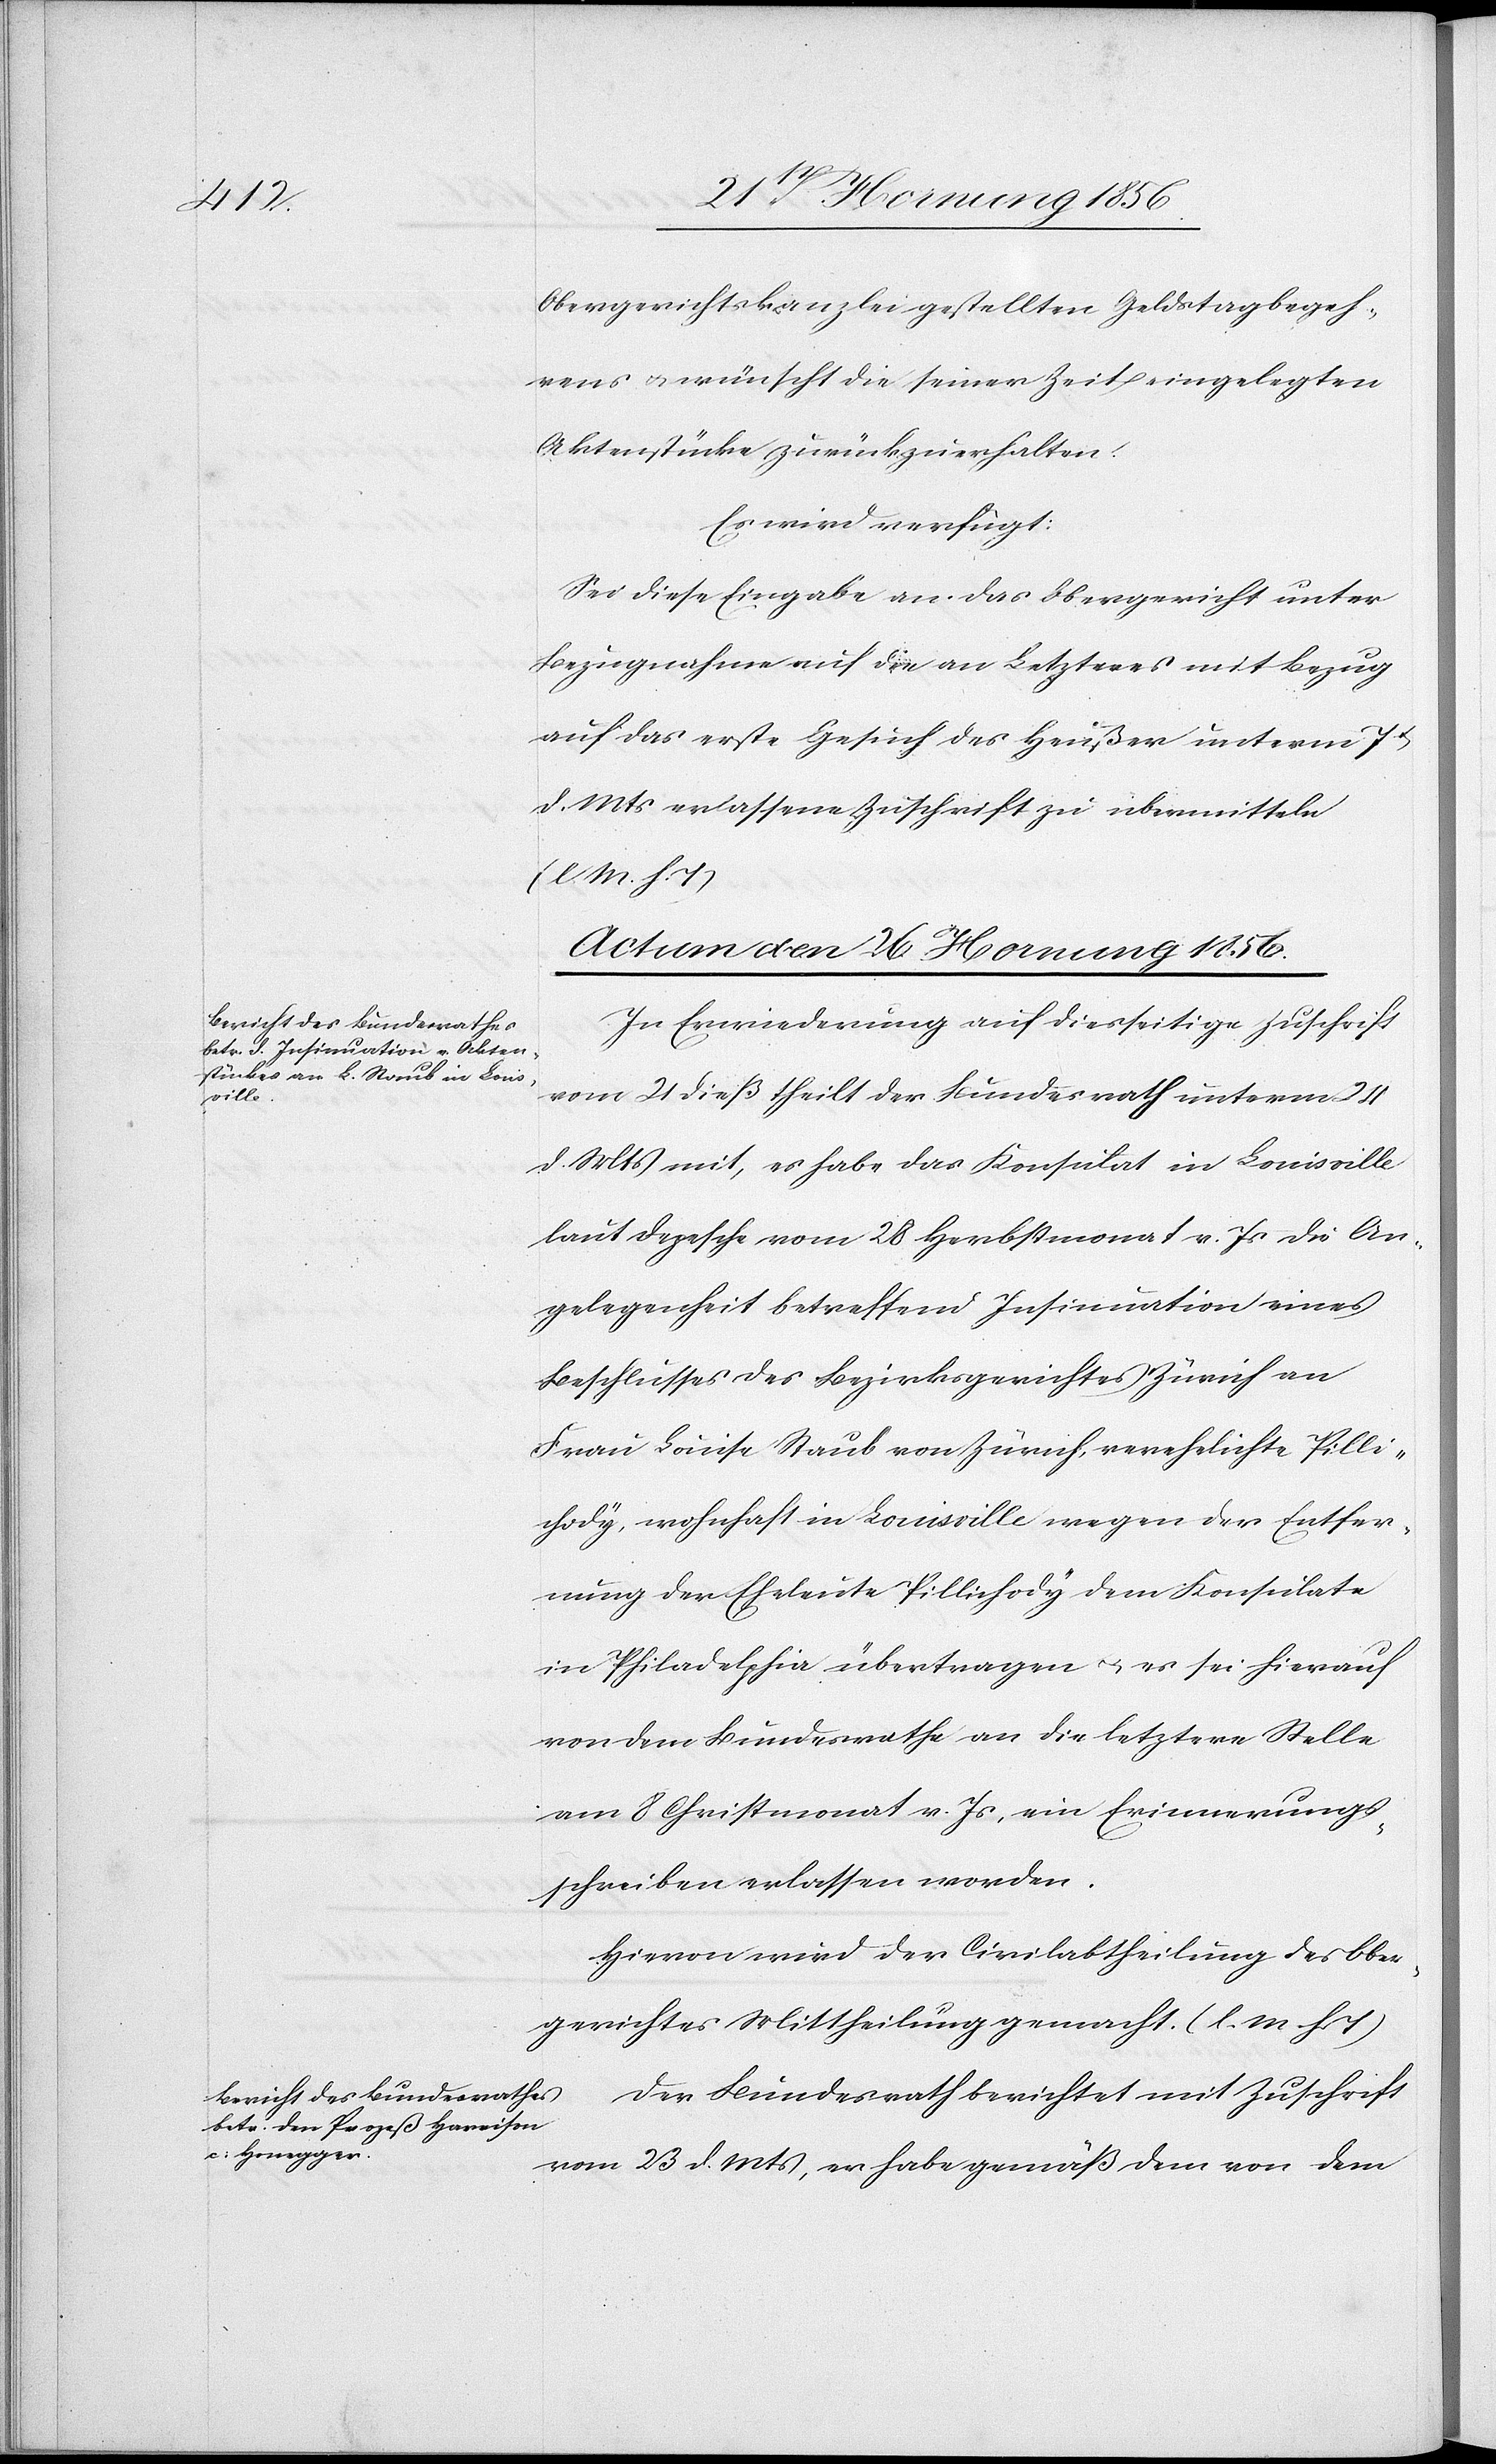
Obergerichtskanzlei gestellten Geldstagbegeh¬
rens u. wünscht die seiner Zeit eingelegten
Aktenstücke zurückzuerhalten.
Es wird verfügt:
Sei diese Eingabe an das Obergericht unter
Bezugnahme auf die an Letzteres mit Bezug
auf das erste Gesuch des Heußer unterm 7t
d. Mts erlassene Zuschrift zu übermitteln
(l. M. h. T)
Actum den 26 Hornung 1856.]
In Erwiederung auf diesseitige Zuschrift
vom 21 dieß theilt der Bundesrath unterm 24
d. Mts mit, es habe das Konsulat in Louisville
laut Depesche vom 28 Herbstmonat v. Js die An¬
gelegenheit betreffend Insinuation eines
Beschlusses des Bezirksgerichtes Zürich an
Frau Luise Staub von Zürich verehelichte Pilli¬
chody, wohnhaft in Louisville wegen der Entfer¬
nung der Eheleute Pillichody dem Konsulate
in Philadelphia übertragen u. es sei hierauf
von dem Bundesrathe an die letztere Stelle
am 8 Christmonat v. Js, ein Erinnerungs¬
schreiben erlassen worden.
Hievon wird der Civilabtheilung des Ober¬
gerichtes Mittheilung gemacht. (l. M. h T)
Der Bundesrath berichtet mit Zuschrift
vom 23 d. Mts, er habe gemäß dem von dem